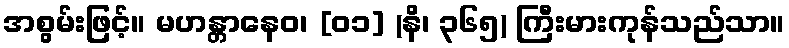
အစွမ်းဖြင့်။ မဟန္တာနေဝ၊ [၀၁] (နိ၊ ၃၆၅) ကြီးမားကုန်သည်သာ။